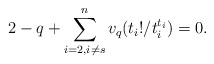
\begin{align*}2-q+ \sum_{i = 2, i \neq s}^n v_q(t_i!/t_i^{t_i}) = 0.\end{align*}